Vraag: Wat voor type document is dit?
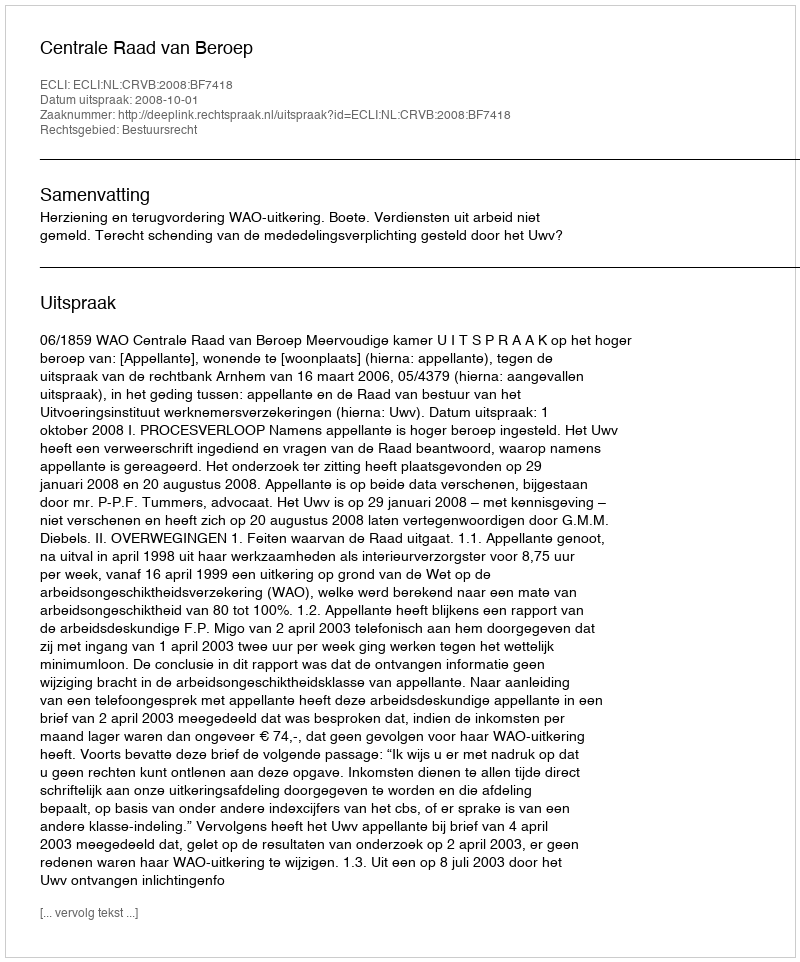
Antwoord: Uitspraak